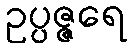
ဥပ္ပဇ္ဇရေ